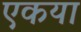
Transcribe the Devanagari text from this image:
एकया